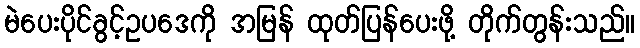
မဲပေးပိုင်ခွင့်ဥပဒေကို အမြန် ထုတ်ပြန်ပေးဖို့ တိုက်တွန်းသည်။